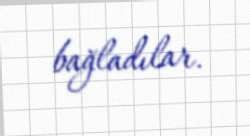
bağladılar.